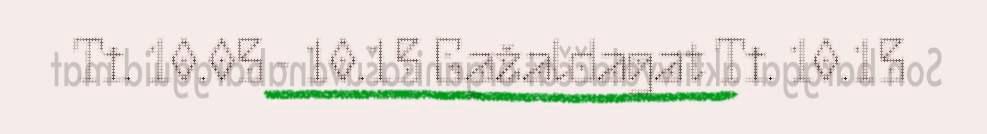
Ti. 10.05 - 10.15 Gažaldagat Ti. 10.15